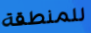
للمنطقة